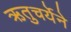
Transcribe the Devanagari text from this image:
ऋतुचर्येने